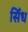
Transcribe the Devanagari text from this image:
सिँध